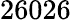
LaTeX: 26026